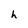
Character: h